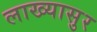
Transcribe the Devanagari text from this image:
लाख्यासुर